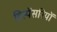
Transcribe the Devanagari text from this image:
डिस्पेंसरियों